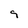
Character: 9